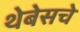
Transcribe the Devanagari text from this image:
थेबेसचे